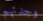
وجدتهم